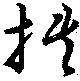
挾